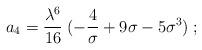
LaTeX: \begin{align*}a_4 = {\lambda^6 \over 16}\; (-{4\over\sigma} +9\sigma -5\sigma^3 )\;;\end{align*}